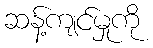
ဆန့်ကျင်မှုကို